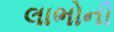
લાભોની